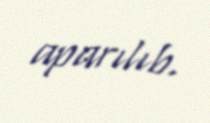
aparılıb.